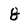
Character: 8